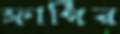
ফার্গির